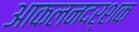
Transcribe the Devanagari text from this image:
आकलनदर्शक